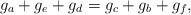
LaTeX: \begin{align*}g_a+g_e+g_d=g_c+g_b+g_f,\end{align*}